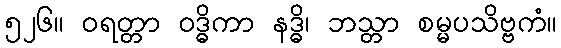
၅၂၆။ ဝရတ္တာ ဝဒ္ဓိကာ နဒ္ဓိ၊ ဘသ္တာ စမ္မပသိဗ္ဗကံ။